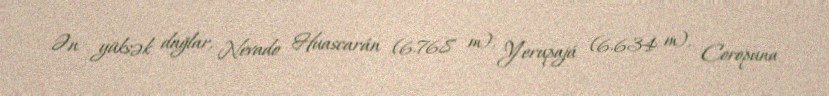
Ən yüksək dağlar, Nevado Huascarán (6.768 m), Yerupajá (6.634 m), Coropuna